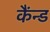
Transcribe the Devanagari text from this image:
कैंन्ड